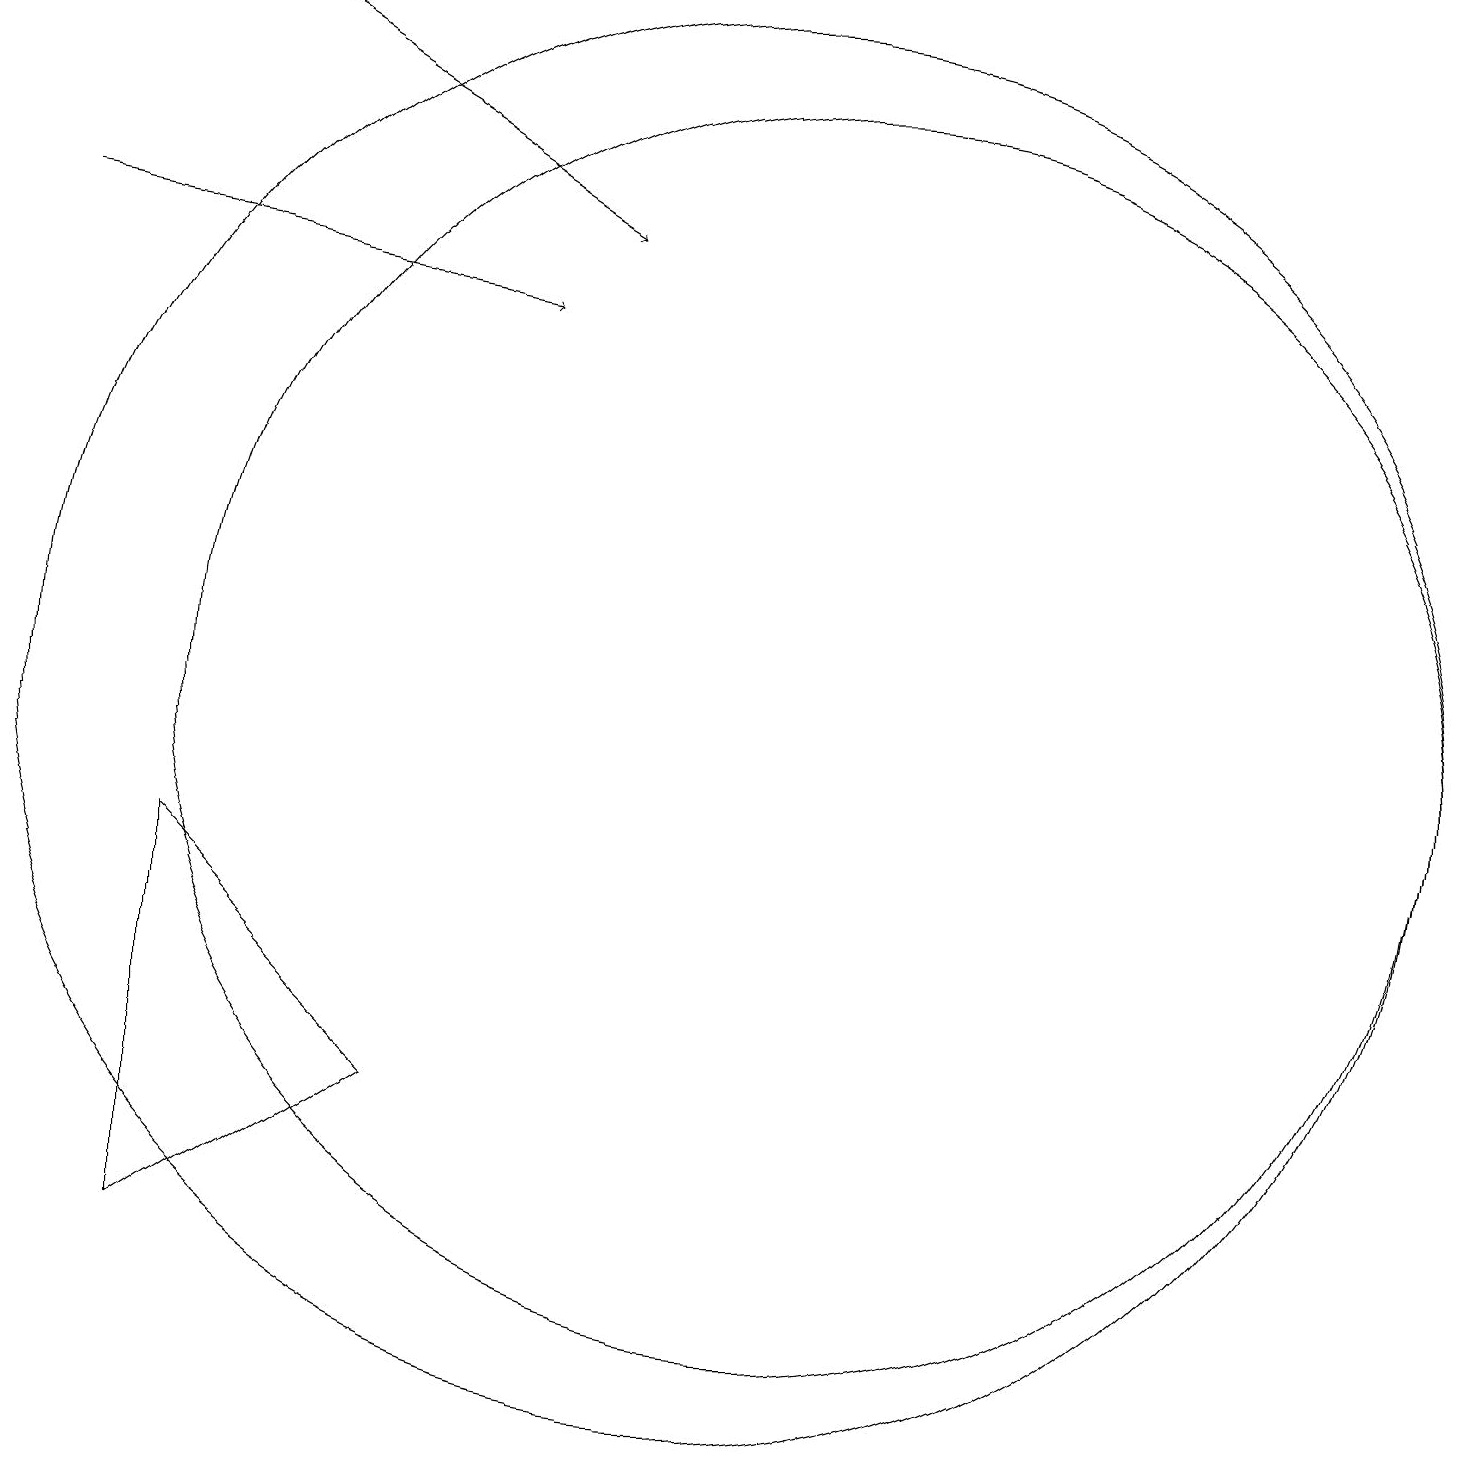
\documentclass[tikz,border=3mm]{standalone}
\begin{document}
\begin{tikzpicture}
\draw (12,10) circle (8);
\draw (4,8) -- (7,5) -- (4,3) -- cycle;
\draw[->] (2,16) -- (8,15);
\draw[->] (4,19) -- (9,16);
\draw (11,10) circle (9);
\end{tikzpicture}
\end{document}